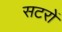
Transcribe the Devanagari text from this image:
सटरों